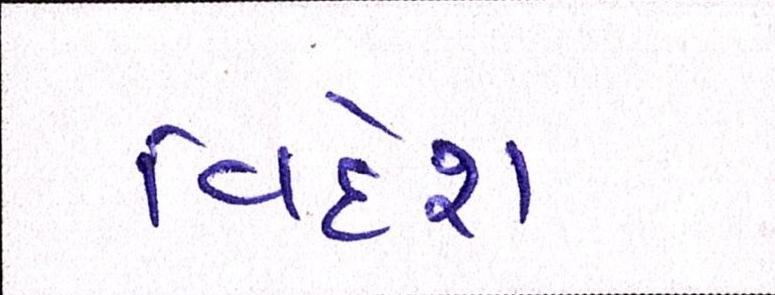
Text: વિદેશ